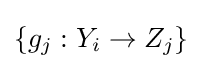
\left\{g_{j}:Y_{i}\to Z_{j}\right\}